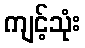
ကျင့်သုံး